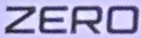
ZERO